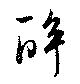
醉